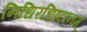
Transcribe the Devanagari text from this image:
निधिरधिष्टानम्